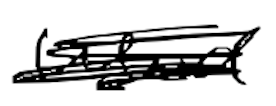
Text: used
Cross-out: scratch
Writing tool: digital_black